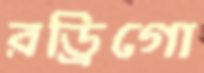
রড্রিগো